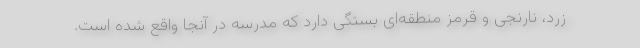
زرد، نارنجی و قرمز منطقه‌ای بستگی دارد که مدرسه در آنجا واقع شده است.